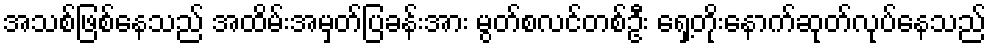
အသစ်ဖြစ်နေသည် အထိမ်းအမှတ်ပြခန်းအား မွတ်စလင်တစ်ဦး ရှေ့တိုးနောက်ဆုတ်လုပ်နေသည်